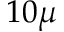
1 0 \mu